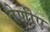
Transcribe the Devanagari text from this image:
तेणीए